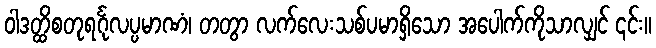
ဝါဒတ္ထိစတုရင်္ဂုလပ္ပမာဏံ၊ တတွာ လက်လေးသစ်ပမာရှိသော အပေါက်ကိုသာလျှင် ၎င်း။